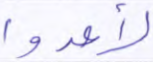
لأعدوا